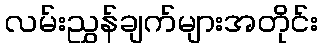
လမ်းညွှန်ချက်များအတိုင်း